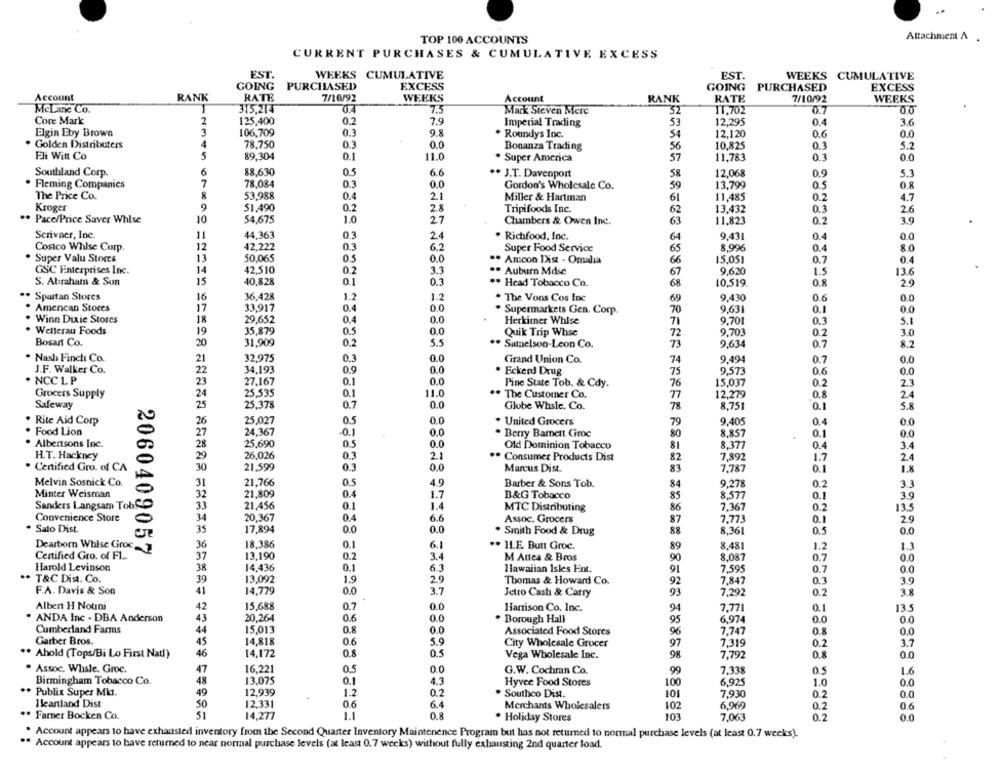
TOP 100 ACCOUNTS
Attachment A
CURRENT PURCHASES & CUMULATIVE EXCESS
EST.
WEEKS CUMULATIVE
EST
WEEKS CUMULATIVE
GOING
EXCESS
EXCESS
PURCHASED
GOING
PURCHASED
Account
RANK
RATE
7/10/92
WEEKS
Account
RANK
RATE
7/10/92
WEEKS
McLane Co.
0.4
315,214
7.5
Mark Steven Mere
32
11,702
0.7
0.0
Core Mark
2
125,400
0.2
7.9
Imperial Trading
53
12,295
0.4
36
Elgin Eby Brown
3
106,709
0.3
9.8
54
12,120
. Roundys Inc.
0.0
0.0
Golden Distributers
4
78.750
0.3
0.0
Bonanza Trading
56
10.825
0.1
5.2
Fli Witt Co
5
89,304
0.1
0.0
11.0
. Super America
57
11,783
0.3
6
88,630
58
Southland Corp.
0.5
6.6
** J.T. Davenport
12,068
0.9
5.3
Fleming Companies
7
78.084
0.3
0.0
Gordon's Wholesale Co.
59
13,799
0.5
O.8
8
53,988
The Price Co.
0.4
2.1
Miller & Hartman
61
11,485
0.2
4.7
Kroger
9
51.490
0.2
2.8
Tripifoods Inc.
13.432
0.3
2.6
62
.. Pace/Price Saver Whlse
10
54,675
1.0
27
Chambers & Owen Inc.
63
11.821
0.2
3.9
Scrivner, Inc.
11
44,363
0.3
24
. Richfood, Inc.
64
9.431
0.4
00
Costco Whise Corp.
12
42.222
0.3
6.2
Super Food Service
8,996
0.4
8.0
50.065
65
Super Valu Stores
13
0.0
.* Amcon Dist - Omdia
66
15,051
0.7
0.4
GSC Enterprises Inc.
14
42,510
0.2
3.3
.* Auburn Mdse
9,620
13.6
67
1.5
S. Abraham & Son
15
40,828
0.1
0.3
.* Head Tobacco Co.
68
10,519.
0.8
29
Spartan Stores
16
36.428
1.2
1.2
. The Vons Cos Inc
69
9,430
0.6
0.0
Amencan Stores
17
33,917
0.4
0.0
. Supermarkets Gen. Corp.
70
9.63
0.1
0.0
18
29,652
0.4
0.0
Winn Dixie Stores
Herkimer Whise
71
9.701
0.3
5.1
Wellerau Foods
19
35,879
0.5
0.0
Quik Trip Whse
72
9.703
0.2
30
20
31,909
Bosant Co.
0.2
5.5
. Sumelson-Leon Co.
73
9,634
0.7
8.2
. Nash Finch Co.
21
32,975
0.3
0.0
Grand Union Co.
74
9.494
0.7
0.0
J.F. Walker Co.
22
34,193
0.9
0.0
Ecken Drug
75
9.573
0.6
0.0
NCC L P
23
27,167
0.0
15,037
0.1
Pine State Tob. & Cdy.
76
0.2
2.3
Grocers Supply
24
25,535
0.1
11.0
. The Customer Co.
77
12,279
0.8
24
25,378
0.0
Safeway
25
0.7
Globe Whsle. Co.
78
8.75
0.1
5.8
. Rite Aid Corp
26
25,027
0.5
0.0
. United Grocers
79
9.405
0.4
Food Lion
27
24,367
0.1
0.0
. Berry Bamett Ciroc
80
8,857
0.1
0.0
Albertsons Inc.
28
25,690
0.5
0.0
Old Dominion Tobacco
81
8.377
0.4
3.4
H.T. Hackney
29
26.026
0.3
2.1
Consumer Products Dist
82
7,892
2.4
1.7
Certified Gro. of CA
30
21.599
0.3
0.0
Marcus Dist.
83
7,787
0.1
1.8
21,766
Melvin Sosnick Co.
31
0.5
4.9
Barber & Sons Tob.
84
9.278
0.2
3.3
Minter Weisman
32
21,809
0.
1.7
B&G Tobacco
85
8,577
0.1
3.9
Sanders Langsam TobSO
33
21,456
0.1
MTC Distributing
86
7.367
0.2
13.5
Convenience Store
34
20,367
0.4
6.6
Assoc. Grocers
7,773
2.9
87
0.1
Sato Dist.
35
17,894
0.0
0.0
. Smith Food & Drug
88
8.36
0.5
0.0
18.386
Dearborn Whise Groe
36
0.1
6.1
.. ILE Butt Groc.
89
8.481
1.2
1.3
Certified Gro. of FL ..
2060409057
37
13,190
0.2
3.4
M Altea & Bros
90
8,087
0.7
0.0
Harold Levinson
14,436
0.1
6.3
38
Hawaiian Isles Ent.
91
7.595
0.7
.. T&C Dist. Co.
39
13,092
1.9
29
Thomas & Howard Co.
92
7,847
0.3
3.9
F.A. Davis & Son
41
14,779
0.0
3.7
Jetro Cash & Carry
93
7,292
0.2
3.8
Alben H Nouni
42
15,688
0.7
0.0
Harrison Co. Inc.
94
7,771
0.1
13.5
ANDA Inc - DBA Anderson
43
20,264
0.6
0.0
. Borough Hall
6.974
0.0
44
95
Cumberland Farms
15,013
0.8
0.0
Associated Food Stores
96
7.747
0.8
0.0
Garber Bros.
45
14,818
06
5.9
City Wholesale Grocer
97
7.319
0.2
3.7
0.5
** Ahold (Tops/Bi Lo First Natl)
46
14,172
0.8
Vega Wholesale Inc.
98
7,792
0.8
0.0
. Assoc. Whale. Groc.
47
16,221
0.5
0.0
G.W. Cochran Co.
99
7.338
1.6
Birmingham Tobacco Co.
48
13,075
0.1
4.3
Hyvee Food Stores
100
6.925
1.0
0.0
** Publix Super Mit.
49
12,939
12
0.2
. Southco Dist.
101
7,930
0.0
Ileanland Dist
50
12,331
06
6.4
Merchants Wholesalers
102
6,969
0.2
. Farner Bocken Co.
51
14,277
1.1
0.8
. Holiday Stores
103
7,063
0.2
0.0
Account appears to have exhausted inventory from the Second Quarter Inventory Maintenence Program but has not returned to normal purchase levels (at least 0.7 weeks).
". Account appears to have returned to near normal purchase levels (at least 0.7 weeks) without fully exhausting 2nd quarter load.